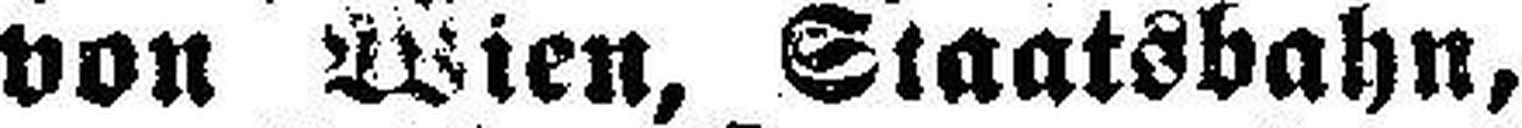
von Wien, Staatsbahn,